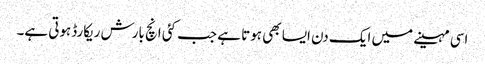
اسی مہینے میں ایک دن ایسا بھی ہوتا ہے جب کئی انچ بارش ریکارڈہوتی ہے۔